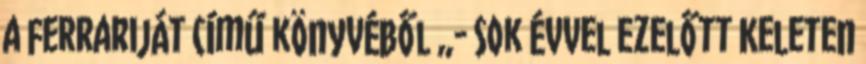
a Ferrariját című könyvéből „- Sok évvel ezelőtt Keleten